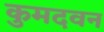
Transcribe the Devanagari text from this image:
कुमदवन